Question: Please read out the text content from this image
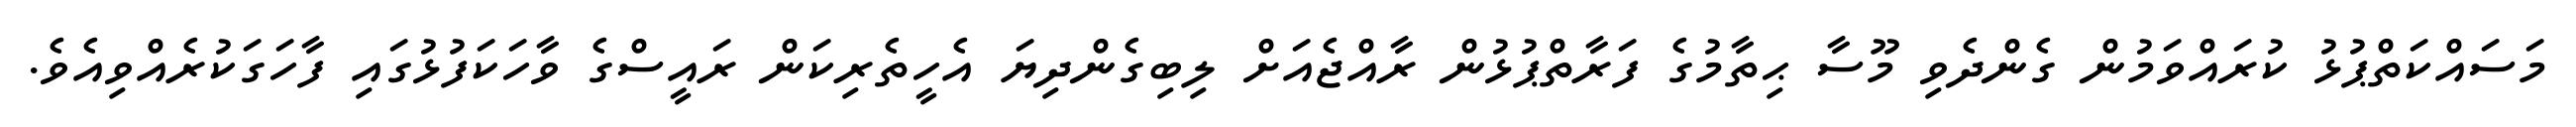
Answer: މަސައްކަތްޕުޅު ކުރައްވަމުން ގެންދެވި މޫސާ ޙިތާމުގެ ފަރާތްޕުޅުން ރާއްޖެއަށް ލިބިގެންދިޔަ އެހީތެރިކަން ރައީސްގެ ވާހަކަފުޅުގައި ފާހަގަކުރެއްވިއެވެ.